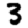
Digit: 3